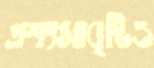
প্রশংসাবৃষ্টিও